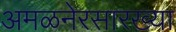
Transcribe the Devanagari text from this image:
अमळनेरसारख्या